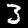
Label: 3